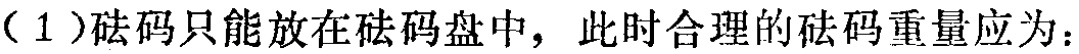
（1）砝码只能放在砝码盘中，此时合理的砝码重量应为：